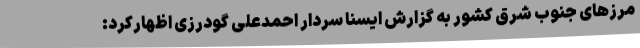
مرزهای جنوب شرق کشور به گزارش ایسنا سردار احمدعلی گودرزی اظهارکرد: